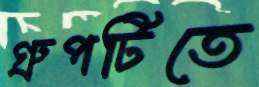
গ্রুপটিতে